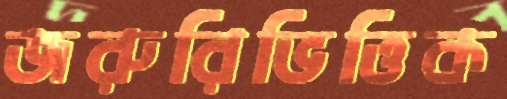
জরুরিভিত্তিক